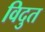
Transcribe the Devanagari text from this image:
विदुत